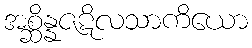
အစ္ဆိန္နဇဋိလသာကိယော